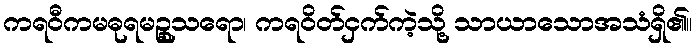
ကရဝီကမဓုရမဉ္စုသရော၊ ကရဝိတ်ငှက်ကဲ့သို့ သာယာသောအသံရှိ၏။